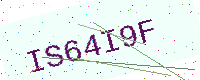
Text: IS64I9F